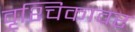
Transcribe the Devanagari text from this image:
वृश्चिकावर